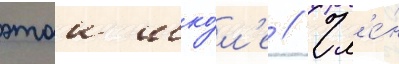
этои шко́л'е // Чл'е́н